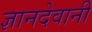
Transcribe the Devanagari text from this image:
ज्ञानदेवानी